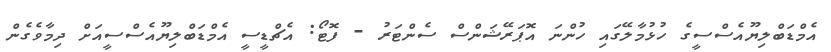
އެމްޑަބްލިޔޫއެސްސީގެ ހުޅުމާލޭގައި ހުންނަ އޮޕަރޭޝަންސް ސެންޓަރު - ފޮޓޯ: އެޗްޑީސީ އެމްޑަބްލިޔޫއެސްސީއަށް ދިމާވެގެން